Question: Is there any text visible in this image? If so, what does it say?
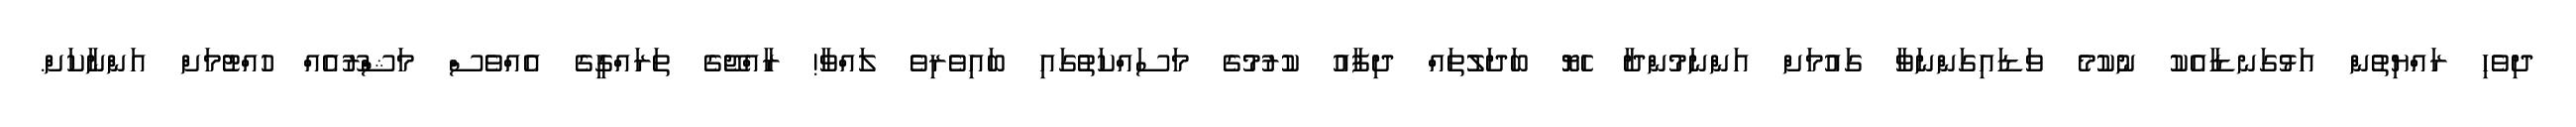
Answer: ދިވެހި ރައްޔިތުން އަޅުގަނޑާއެކު ނުކުމެ ވަޑައިގަންނަވާ ގައުމަށް އަންނަމުންދާ ހެޔޮ ބަދަލުތައް ދިފާއު ކުރުމުގެ މަސައްކަތުގައި ބައިވެރިވެ ލައްވާ! ރާއްޖޭގެ ތަރައްގީގެ އެއްވެސް މަޝްރޫއެއް ހުއްޓުމަށް އަންނާކަށް.